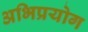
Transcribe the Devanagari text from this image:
अभिप्रयोग